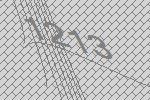
1213